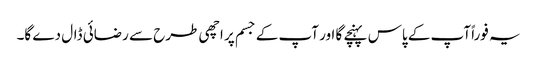
یہ فوراً آپ کے پاس پہنچے گا اور آپ کے جسم پر اچھی طرح سے رضائی ڈال دے گا۔